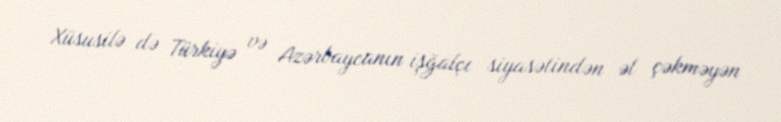
Xüsusilə də Türkiyə və Azərbaycanın işğalçı siyasətindən əl çəkməyən